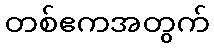
တစ်ဧကအတွက်